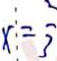
x = \frac { 2 } { 3 }